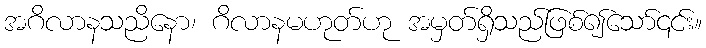
အဂိလာနသညိနော၊ ဂိလာနမဟုတ်ဟု အမှတ်ရှိသည်ဖြစ်၍သော်၎င်း။